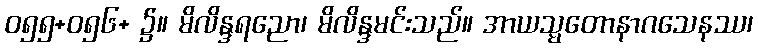
ဝ၅၅+ဝ၅၆+ ၌။ မိလိန္ဒရညော၊ မိလိန္ဒမင်းသည်။ အာယသ္မတောနာဂသေနဿ၊